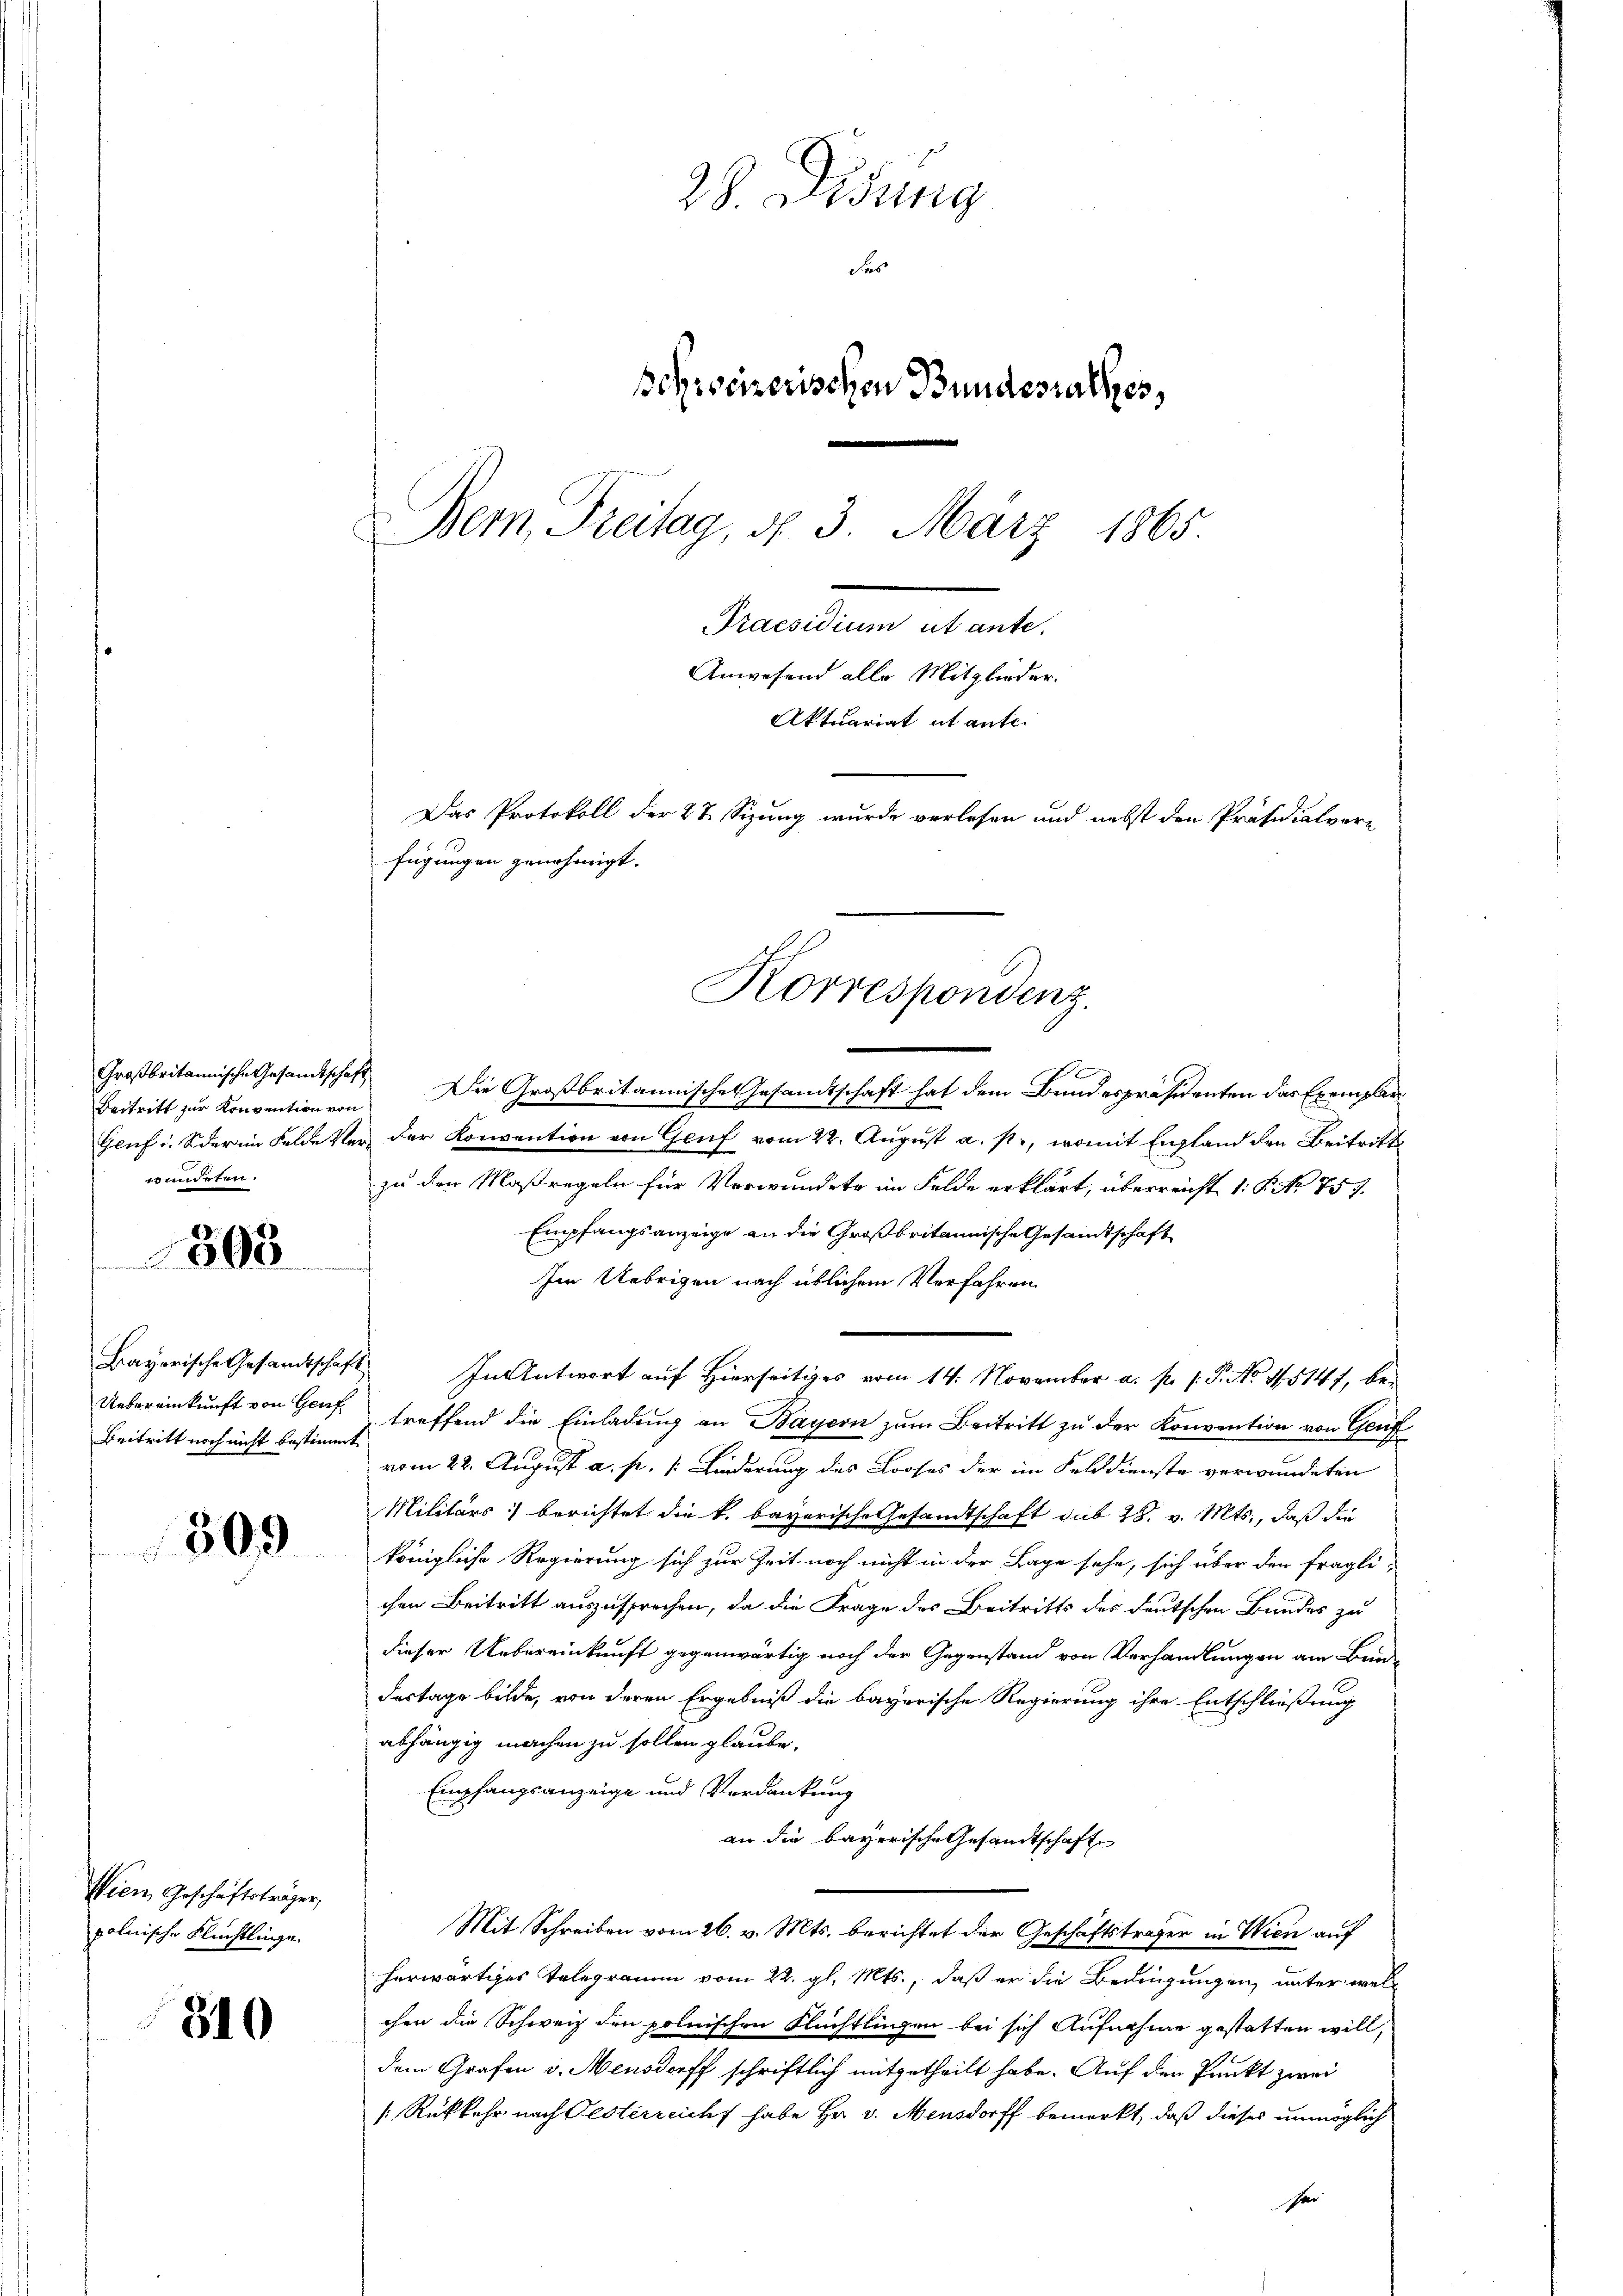
Beitritt zur Konvention von
wundeten.

n

303

Bayerische Gesandtschaft
Uebereinkunft von Genf
Beitritt noch nicht bestimmt

509

Wien Geschäftsträger,
polnische Flüchtlinge.

310

28. Lesung
Fes
ohrseizerischen Bundesrathes,
Bem Freitag, d. 3. März 1865.
Praesidium ut ante.
Anwesend alle Mitglieder.
Aktuariat et ante.
Das Protokoll der 27 Sizung wurde verlesen und nebst den Präsidialver-
fügungen genehmigt.

Großbritannische Gesandtschaft Die Großbritannische Gesandtschaft hat dem Bundespräsidenten das Exemplar
Genf i. Soder im Felde Ver- der Konvention von Genf vom 22. August a. p., womit England den Beitritt
zu der Maßregeln für Verwundete im Felde erklärt, überreicht 1: P. Nr. 757.
Empfangsanzeige an die Großbritannische Gesandtschaft
Im Uebrigen nach üblichem Verfahren
In Antwort auf Hierseitiges vom 14. November a. p. 1. P. No 4514 f, betreffend die Einladung an Bayern zum Beitritt zu der Konvention von Genf
vom 22. August a. p. /: Linderung des Looses der im Felddienste verwundeten
Militärs berichtet die k. bayerische Gesandtschaft sub 28. v. Mts., daß die
königliche Regierung sich zur Zeit noch nicht in der Lage sehe, sich über den fragli-
chen Beitritt auszusprochen, da die Frage des Beitritts des deutschen Bandes zu
dieser Uebereinkunft gegenwärtig noch der Gegenstand von Verhandlungen am Bundertage bilde, von deren Ergebniß die bayerische Regierung ihre Entschließung
abhängig machen zu sollen glaube.
Empfangsanzeige und Verdankung
an die bayerische Gesandtschafte
Mit Schreiben vom 26. v. Mts. berichtet der Geschäftsträger in Wien auf
herwärtiges Telegramm vom 22. gl. Mts., daß er die Bedingungen, unter welc
chen die Schweiz den polnischen Flüchtlingen bei sich Aufnahme gestatten will,
dem Grafen v. Mensdorff schriftlich mitgetheilt habe. Auf den Punkt zwei
[: Rükkehr nach Gesterreicht habe Hr. v. Mensdorff bemerkt, daß dieses unmöglich
sei

Korrespondenz.